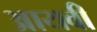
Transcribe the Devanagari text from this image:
आयवी